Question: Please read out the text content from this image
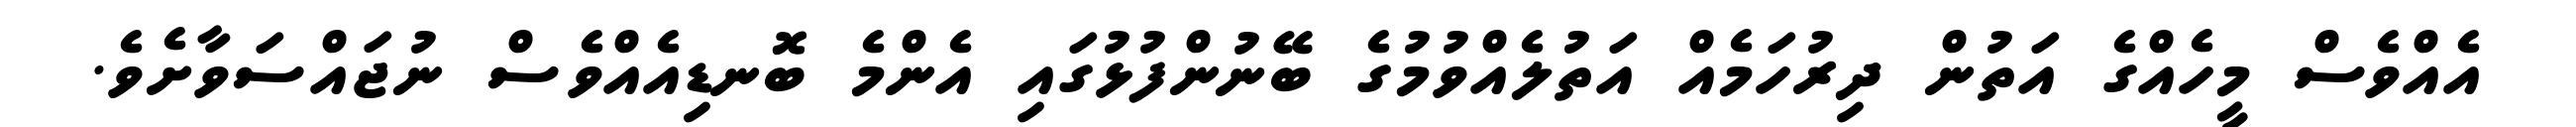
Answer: އެއްވެސް މީހެއްގެ އަތުން ދިރުހަމެއް އަތުލެއްވުމުގެ ބޭނުންފުޅުގައި އެންމެ ބޮނޑިއެއްވެސް ނުޖައްސަވާށެވެ.